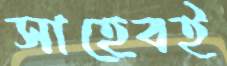
সাহেবই